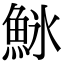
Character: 𬵌